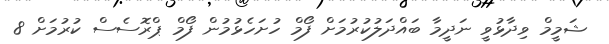
ޝަމީމް ވިދާޅުވީ ނަދީމާ ބައްދަލުކުރުމަށް ފޯމް ހުށަހެޅުމުން ފޯމް ޕްރޮސެސް ކުރުމަށް 8